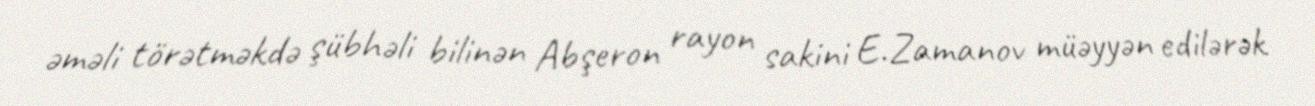
əməli törətməkdə şübhəli bilinən Abşeron rayon sakini E.Zamanov müəyyən edilərək